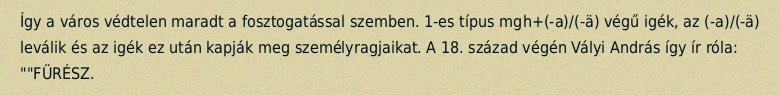
Így a város védtelen maradt a fosztogatással szemben. 1-es típus mgh+(-a)/(-ä) végű igék, az (-a)/(-ä) leválik és az igék ez után kapják meg személyragjaikat. A 18. század végén Vályi András így ír róla: ""FÜRÉSZ.